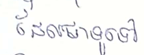
ដែលជាទូទៅ